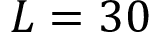
L = 3 0